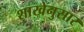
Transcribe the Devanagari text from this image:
शाखेनुसार